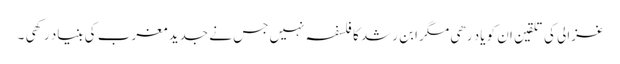
غزالی کی تلقین ان کو یاد رھی مگر ابن رشد کا فلسفہ نہیں جس نے جدید مغرب کی بنیاد رکھی ۔